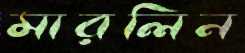
মারলিন